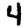
Digit: 4